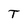
Character: T